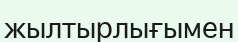
жылтырлығымен